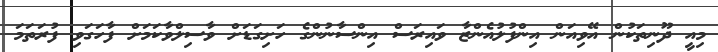
މިއީ ދޫނިތަކުން އޭވިއަން އިންފުލުއެންޒާ ވައިރަސް އިންސާނުންގެ ހަށިގަޑަށް ވާސިލްވާކަމަށް ފާހަގަވި ފުރަތަމަ